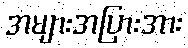
အများအပြားအား